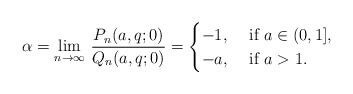
LaTeX: \begin{align*}\alpha=\lim_{n\rightarrow\infty}\,\frac{P_{n}(a,q;0)}{Q_{n}(a,q;0)}=\begin{cases}-1, & \mbox{ if }a\in(0,1],\\-a, & \mbox{ if }a>1.\end{cases}\end{align*}